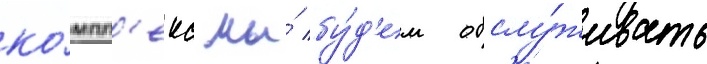
ко́мпл'екс мы́ бу́д'ем обслу́живать